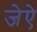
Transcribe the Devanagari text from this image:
जेऐ